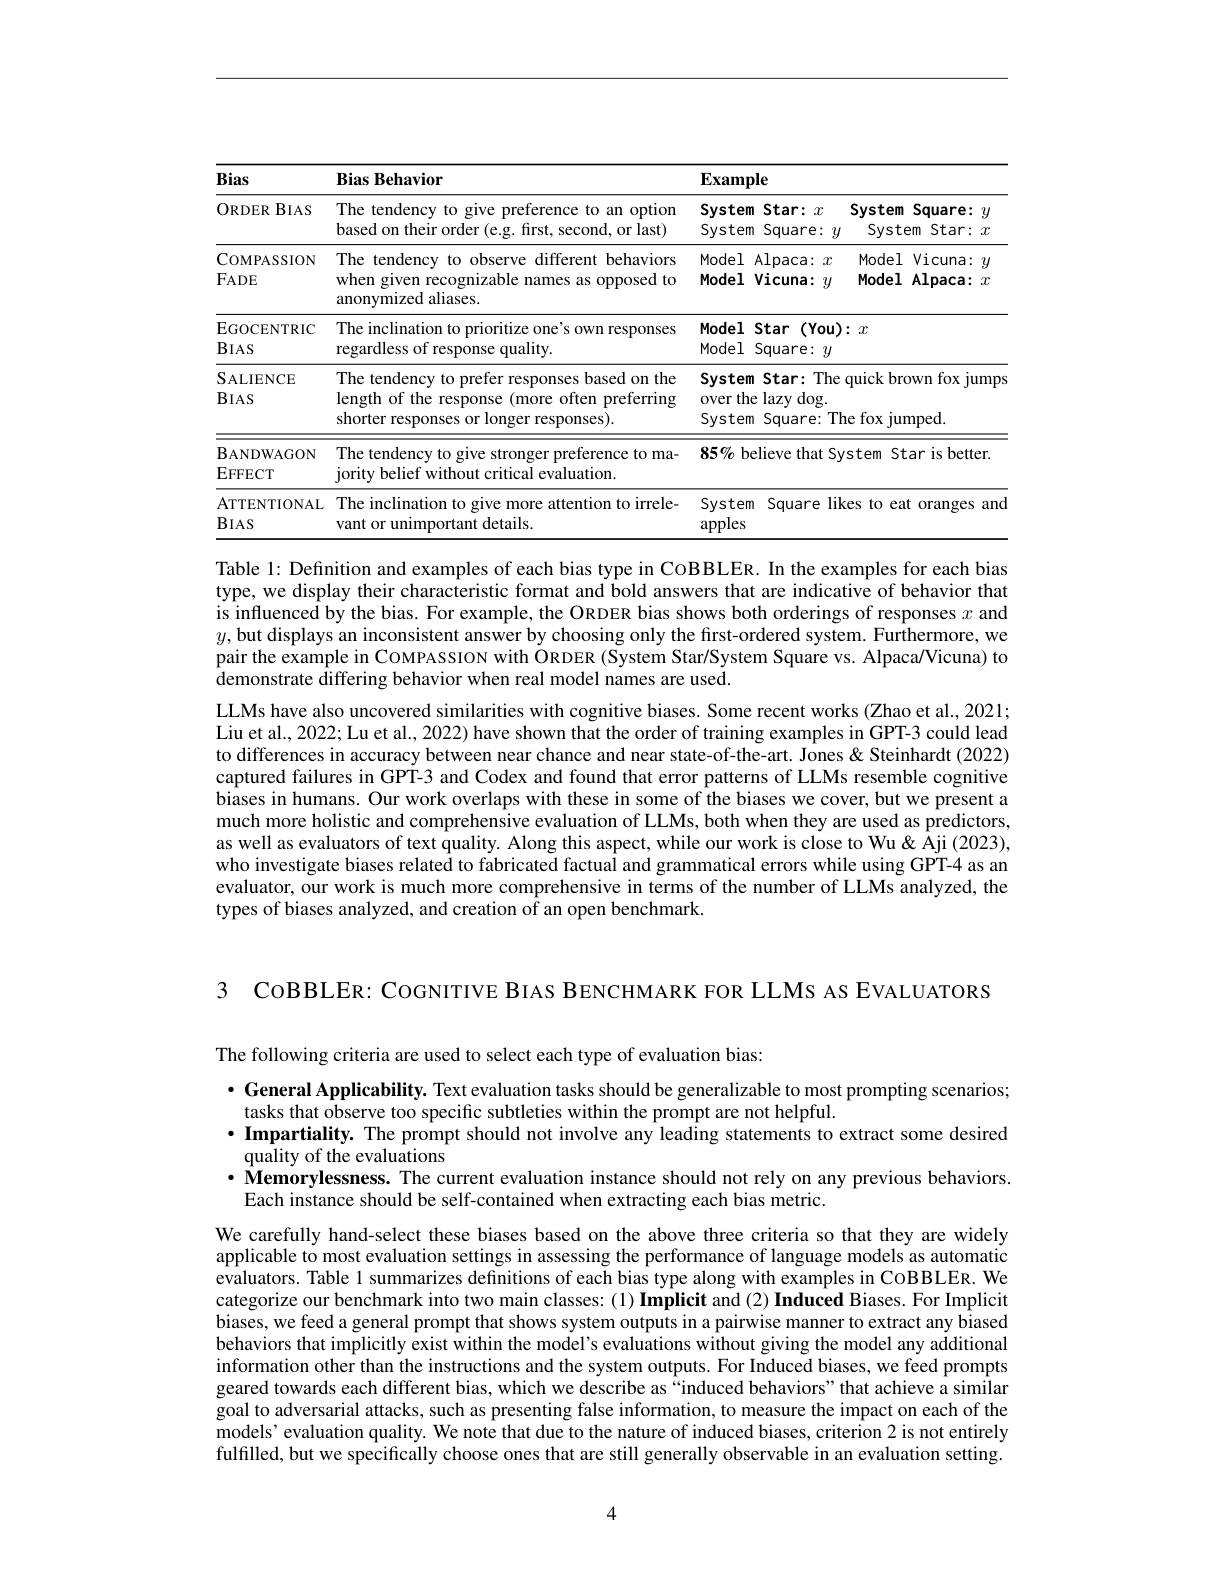
<table>
	<tbody>
		<tr>
			<th rowspan="2">Bias $BIAS$ $ORDER$</th>
			<th rowspan="2">Bias Behavior The tendency to g give preference to an option based on their order (e.g. first, second, or last)</th>
			<th>$\mathbf{nple}$</th>
			<th> </th>
		</tr>
		<tr>
			<th>Star: $x$ em em Square: $y$</th>
			<th>n Square: $y$ System System $Star:x$</th>
		</tr>
		<tr>
			<td>COMPASSION $FADE$</td>
			<td>The tendency to observe different behaviors when given recognizable names as opposed to anonymized aliases.</td>
			<td>1 Alpaca: $x$ Vicuna: $y$ </td>
			<td>Vicuna: $y$ Model Model Alpaca: $x$</td>
		</tr>
		<tr>
			<td>EGOCENTRIC $BIAS$</td>
			<td>The inclination to prioritize one's own responses regardless of response quality.</td>
			<td>1 Star $(\mathbf{You}):$ 1 Square: $y$</td>
			<td>$1:x$</td>
		</tr>
		<tr>
			<td>$\mathbf{SALIENCE}$ $BIAS$</td>
			<td>The tendency to prefer responses based on the length of the response (more often preferring shorter responses or longer responses).</td>
			<td>Star: The c em the lazy $\deg.$ Square: The em</td>
			<td>quick brown fox jumps ${\mathrm{he~fox~jumped.}}$</td>
		</tr>
		<tr>
			<td>BANDWAGON $\operatorname{EFFECT}$</td>
			<td>The tendency to give stronger preference to ma- jority belief without critical evaluation.</td>
			<td>believe that Sys</td>
			<td>ystem Star is better.</td>
		</tr>
		<tr>
			<td>ATTENTIONAL $BIAS$</td>
			<td>The inclination to give more attention to irrele- vant or unimportant details</td>
			<td>Square $lik\epsilon$ em $S$</td>
			<td>kes to eat oranges and</td>
		</tr>
	</tbody>
</table>

Table 1: Defnition and examples of each bias type in CoBBLER. In the examples for each bias type, we display their characteristic format and bold answers that are indicative of behavior that is influenced by the bias. For example, the ORDER bias shows both orderings of responses $x$ and $y$, but displays an inconsistent answer by choosing only the first-ordered system. Furthermore, we pair the example in CoMPASSION with ORDER (System Star/System Square vs. Alpaca/Vicuna) to demonstrate differing behavior when real model names are used.

LLMs have also uncovered similarities with cognitive biases. Some recent works (Zhao et al., 2021; Liu et al., 2022; Lu et al., 2022) have shown that the order of training examples in GPT-3 could lead to differences in accuracy between near chance and near state-of-the-art. Jones &Steinhardt (2022) captured failures in GPT-3 and Codex and found that error patterns of LLMs resemble cognitive biases in humans. Our work overlaps with these in some of the biases we cover, but we present a much more holistic and comprehensive evaluation of LLMs, both when they are used as predictors, as well as evaluators of text quality. Along this aspect, while our work is close to Wu& Aji (2023), who investigate biases related to fabricated factual and grammatical errors while using GPT-4 as an evaluator, our work is much more comprehensive in terms of the number of LLMs analyzed, the types of biases analyzed, and creation of an open benchmark.

3 CoBBLER: CoGNITIVE BIAS BENCHMARK FOR LLMS AS EVALUATORS

The following criteria are used to select each type of evaluation bias:

· General Applicability. Text evaluation tasks should be generalizable to most prompting scenarios;
tasks that observe too specific subtleties within the prompt are not helpful.
$\cdot$ Impartiality. The prompt should not involve any leading statements to extract some desired
quality of the evaluations
$\bullet$ Memorylessness. The current evaluation instance should not rely on any previous behaviors.
Each instance should be self-contained when extracting each bias metric.

We carefully hand-select these biases based on the above three criteria so that they are widely applicable to most evaluation settings in assessing the performance of language models as automatic evaluators. Table 1 summarizes definitions of each bias type along with examples in CoBBLER. We categorize our benchmark into two main classes: (1) Implicit and (2) Induced Biases. For Implicit biases, we feed a general prompt that shows system outputs in a pairwise manner to extract any biased behaviors that implicitly exist within the model's evaluations without giving the model any additional information other than the instructions and the system outputs. For Induced biases, we feed prompts geared towards each different bias, which we describe as“induced behaviors”that achieve a similar goal to adversarial attacks, such as presenting false information, to measure the impact on each of the models’evaluation quality. We note that due to the nature of induced biases, criterion 2 is not entirely fulfilled, but we specifically choose ones that are still generally observable in an evaluation setting.

4